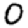
Digit: 0